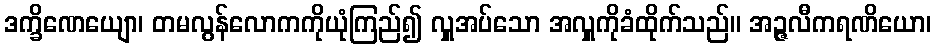
ဒက္ခိဏေယျော၊ တမလွန်လောကကိုယုံကြည်၍ လှူအပ်သော အလှူကိုခံထိုက်သည်။ အဉ္ဇလီကရဏိယော၊